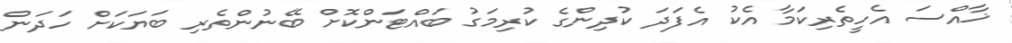
ޚާއްސަ އެހީތެރިކަމާ އެކު އެފަދަ ކުދިންގެ ކުރިމަގު ބައްޓަންކޮށް ބޭނުންތެރި ބަޔަކަށް ހަދަން